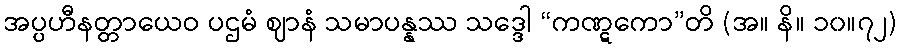
အပ္ပဟီနတ္တာယေဝ ပဌမံ ဈာနံ သမာပန္နဿ သဒ္ဒေါ “ကဏ္ဋကော”တိ (အ။ နိ။ ၁၀။၇၂)